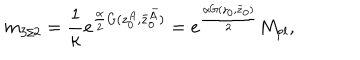
LaTeX: m _ { 3 / 2 } = \frac { 1 } { \kappa } e ^ { \frac { \alpha } { 2 } G ( z _ { 0 } ^ { A } , \bar { z } _ { 0 } ^ { \bar { A } } ) } = e ^ { \frac { \alpha G ( z _ { 0 } , \bar { z } _ { 0 } ) } { 2 } } M _ { p l } ,